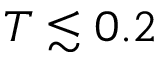
T \lesssim 0 . 2